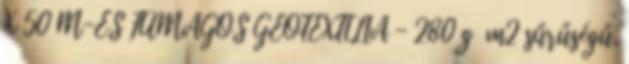
X 50 M-ES FŰMAGOS GEOTEXTÍLIA - 280 g m2 sűrűségű,